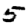
Digit: 5